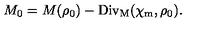
M _ { 0 } = M ( \rho _ { 0 } ) - \mathrm { D i v _ { M } } ( \chi _ { \mathrm { m } } , \rho _ { 0 } ) .